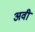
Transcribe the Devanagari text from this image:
अवी